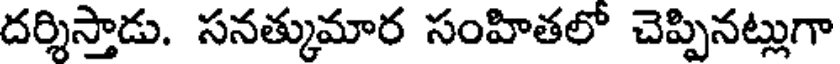
దర్శిస్తాడు. సనత్కుమార సంహితలో చెప్పినట్లుగా